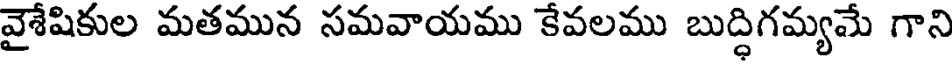
వైశేషికుల మతమున సమవాయము కేవలము బుద్ధిగమ్యమే గాని